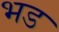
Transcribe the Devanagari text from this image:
भड